Annual administration report of the Civil Veterinary Department of India - 1896-1897
Year: 1896
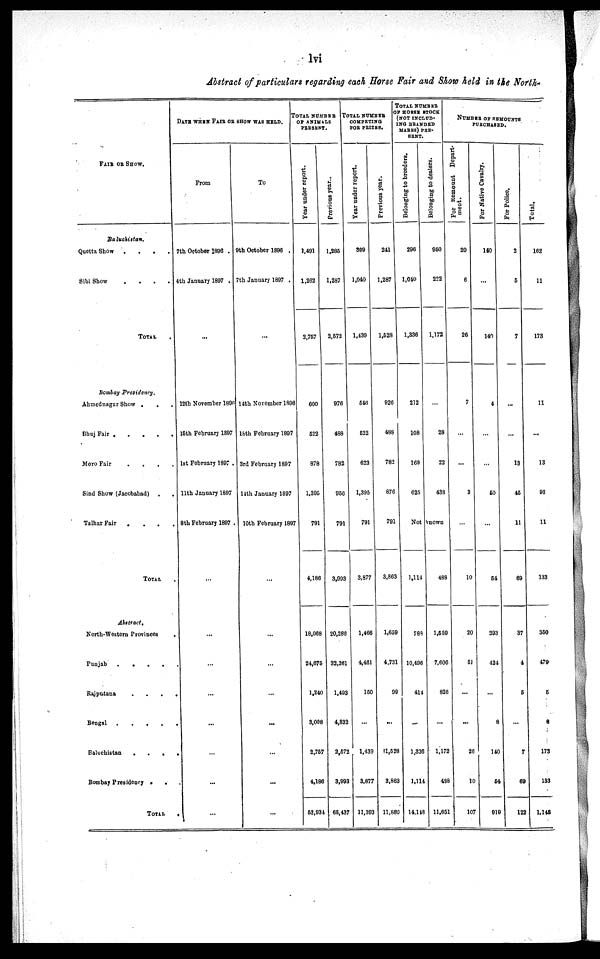
lvi
Abstract of particulars regarding each Horse Fair and Show held in the North-
FAIR OR SHOW.
Baluchistan. . . . .
Quetta Show
.
.
.
.
Sibi Show
.
.
.
.
TOTAL
Bombay Presidency.
Ahmednagar Show . . .
Bhuj Fair
.
.
.
.
.
Moro Fair
.
.
.
.
Sind Show (Jacobabad) . .
TalharFair . . . .
TOTAL .
Abstract,
North-Western Provinces .
Punjab
.
.
.
.
Rajputana
.
.
.
.
Bengal . . . . .
Baluchistan . . . .
Bombay Presidency . . .
TOTAL .
DATE WHEN FAIR OR SHOW WAS HELD.
From
7th October 1896 .
4th January 1897 .
...
12th November 1896
15th February 1897
1st February 1897 .
11th January 1897
8th February 1897 .
...
...
...
...
...
...
...
...
To
9th October 1896 .
7th January 1897 .
...
14th November 1896
18th February 1897
3rd February 1897
14th January 1897
10th February 1897
...
...
...
...
...
...
...
...
TOTAL NUMBER
OF ANIMALS
PRESENT.
Year under report.
1.491
1,262
2,757
600
522
878
1,395
791
4,186
18,068
24,675
1,240
3,008
2,757
4,186
53,934
Previous year..
1,285
1,287
2,572
976
488
782
956
791
3,993
20,286
32,261
1,493
4,832
2,572
3,993
65,437
TOTAL NUMBER COMPETING
FOR PRIZES.
Year under report.
399
1,040
1,439
546
522
623
1,395
791
3,877
1,466
4,461
150
...
1,439
3,877
11,393
Previous year.
241
1,287
1,528
926
488
782
876
791
3,863
1,659
4,731
99
...
11,528
3,863
11,880
TOTAL NUMBER OF HORSE STOOK
(NOT INCLUD-
ING BRANDED
MARES) PRE-
SENT.
Belonging to breeders.
296
1,040
1,336
212
108
169
625
Not
1,114
788
10,496
414
...
1,336
1,114
14,148
Belonging to dealers.
950
222
1,172
...
28
22
438
known
488
1,559
7,606
826
...
1,172
498
11,651
NUMBER OF REMOUNTS
PUROHASED.
For Remount Depart-
ment.
20
6
26
7
...
...
3
...
10
20
51
...
...
26
10
107
For Native Cavalry.
140
...
140
4
...
...
50
...
54
293
424
...
8
140
54
919
For Police.
2
5
7
...
...
13
45
11
69
37
4
5
...
7
69
122
Total.
162
11
173
11
...
13
98
11
133
350
479
5
8
173
133
1,148